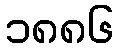
၁၈၈၆